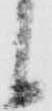
候